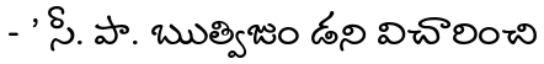
- ' సీ. పా. ఋత్విజుం డని విచారించి